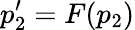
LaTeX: p_{2}^{\prime}=F(p_{2})